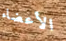
الأعضاء